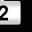
Digit: 2